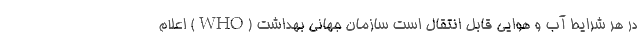
در هر شرایط آب و هوایی قابل انتقال است سازمان جهانی بهداشت (WHO) اعلام